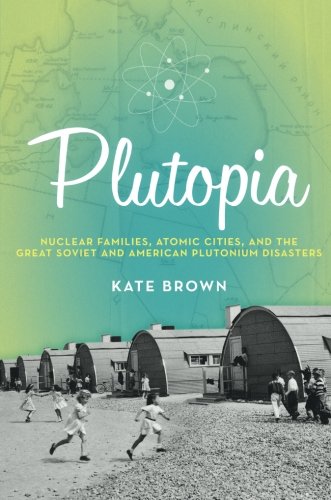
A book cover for Plutopia: Nuclear Families, Atomic Cities, and the Great Soviet and American Plutonium Disasters; Kate Brown; Engineering & Transportation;